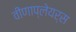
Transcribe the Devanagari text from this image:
वीणाप्लेयर्स